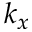
k _ { x }